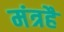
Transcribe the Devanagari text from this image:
मंत्रहै